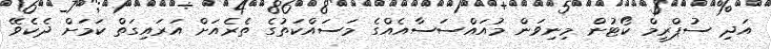
އަދި ސުޕްރީމް ކޯޓުން މިނިވަން މުއައްސަސާއެއްގެ މަސައްކަތުގެ ތެރެއަށް އަރައިގަތް ކަމަށް ދެކެވޭ